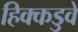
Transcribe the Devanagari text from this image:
हिक्कडुवे